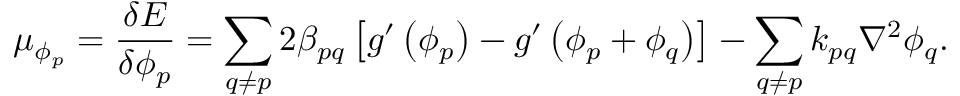
\mu _ { \phi _ { p } } = \frac { \delta E } { \delta \phi _ { p } } = \sum _ { q \neq p } 2 \beta _ { p q } \left[ g ^ { \prime } \left( \phi _ { p } \right) - g ^ { \prime } \left( \phi _ { p } + \phi _ { q } \right) \right] - \sum _ { q \neq p } k _ { p q } \nabla ^ { 2 } \phi _ { q } .